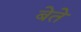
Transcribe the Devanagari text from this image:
बेते